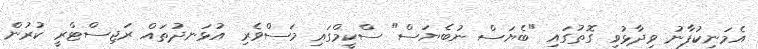
އެމަނިކުފާނު ވިދާޅުވި ގޮތުގައި "ބެޔަސް ނުބެޔަސް" ސްކީމްގައި މަސްވެރި އުޅަނދުތައް ރަޖިސްޓްރީ ކުރުން